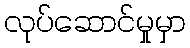
လုပ်ဆောင်မှုမှာ